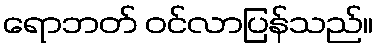
ရောဘတ် ဝင်လာပြန်သည်။